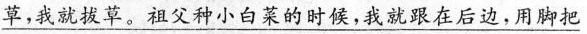
\underline{草，我就拔草。祖父种小白菜的时候，我就跟在后边，用脚把}